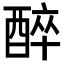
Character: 醉